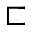
\sqsubset